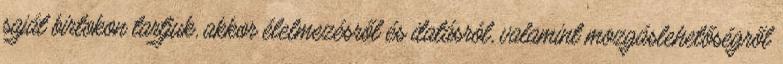
saját birtokon tartjuk, akkor élelmezésről és itatásról, valamint mozgáslehetőségről